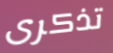
تذكرى